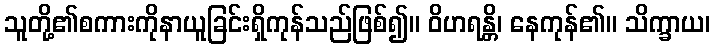
သူတို့၏စကားကိုနာယူခြင်းရှိကုန်သည်ဖြစ်၍။ ဝိဟရန္တိ၊ နေကုန်၏။ သိက္ခာယ၊